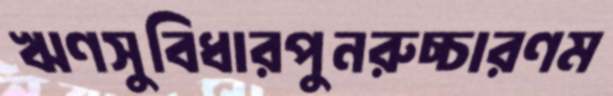
ঋণসুবিধারপুনরুচ্চারণম